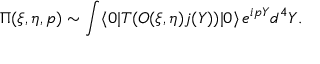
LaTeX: \Pi ( \xi , \eta , p ) \sim \int \langle 0 | T ( { \cal O } ( \xi , \eta ) j ( Y ) ) | 0 \rangle \, e ^ { i p Y } d ^ { 4 } Y .